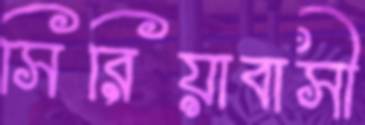
সিরিয়াবাসী